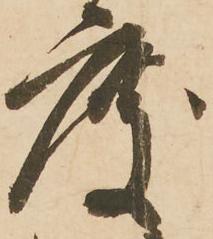
度